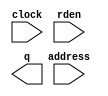
// megafunction wizard: %ROM: 1-PORT%VBB%
// GENERATION: STANDARD
// VERSION: WM1.0
// MODULE: altsyncram 

// ============================================================
// Megafunction Name(s):
// 			altsyncram
//
// Simulation Library Files(s):
// 			altera_mf
// ============================================================
// ************************************************************
// THIS IS A WIZARD-GENERATED FILE. DO NOT EDIT THIS FILE!
//
// 22.1std.0 Build 915 10/25/2022 SC Lite Edition
// ************************************************************

//Copyright (C) 2022  Intel Corporation. All rights reserved.
//Your use of Intel Corporation's design tools, logic functions 
//and other software and tools, and any partner logic 
//functions, and any output files from any of the foregoing 
//(including device programming or simulation files), and any 
//associated documentation or information are expressly subject 
//to the terms and conditions of the Intel Program License 
//Subscription Agreement, the Intel Quartus Prime License Agreement,
//the Intel FPGA IP License Agreement, or other applicable license
//agreement, including, without limitation, that your use is for
//the sole purpose of programming logic devices manufactured by
//Intel and sold by Intel or its authorized distributors.  Please
//refer to the applicable agreement for further details, at
//https://fpgasoftware.intel.com/eula.

module gen_rom (
	address,
	clock,
	rden,
	q);

	input	[4:0]  address;
	input	  clock;
	input	  rden;
	output	[31:0]  q;
`ifndef ALTERA_RESERVED_QIS
// synopsys translate_off
`endif
	tri1	  clock;
	tri1	  rden;
`ifndef ALTERA_RESERVED_QIS
// synopsys translate_on
`endif

endmodule

// ============================================================
// CNX file retrieval info
// ============================================================
// Retrieval info: PRIVATE: ADDRESSSTALL_A NUMERIC "0"
// Retrieval info: PRIVATE: AclrAddr NUMERIC "0"
// Retrieval info: PRIVATE: AclrByte NUMERIC "0"
// Retrieval info: PRIVATE: AclrOutput NUMERIC "0"
// Retrieval info: PRIVATE: BYTE_ENABLE NUMERIC "0"
// Retrieval info: PRIVATE: BYTE_SIZE NUMERIC "8"
// Retrieval info: PRIVATE: BlankMemory NUMERIC "0"
// Retrieval info: PRIVATE: CLOCK_ENABLE_INPUT_A NUMERIC "0"
// Retrieval info: PRIVATE: CLOCK_ENABLE_OUTPUT_A NUMERIC "0"
// Retrieval info: PRIVATE: Clken NUMERIC "0"
// Retrieval info: PRIVATE: IMPLEMENT_IN_LES NUMERIC "0"
// Retrieval info: PRIVATE: INIT_FILE_LAYOUT STRING "PORT_A"
// Retrieval info: PRIVATE: INIT_TO_SIM_X NUMERIC "0"
// Retrieval info: PRIVATE: INTENDED_DEVICE_FAMILY STRING "Cyclone V"
// Retrieval info: PRIVATE: JTAG_ENABLED NUMERIC "0"
// Retrieval info: PRIVATE: JTAG_ID STRING "NONE"
// Retrieval info: PRIVATE: MAXIMUM_DEPTH NUMERIC "0"
// Retrieval info: PRIVATE: MIFfilename STRING "rom.mif"
// Retrieval info: PRIVATE: NUMWORDS_A NUMERIC "32"
// Retrieval info: PRIVATE: RAM_BLOCK_TYPE NUMERIC "0"
// Retrieval info: PRIVATE: RegAddr NUMERIC "1"
// Retrieval info: PRIVATE: RegOutput NUMERIC "1"
// Retrieval info: PRIVATE: SYNTH_WRAPPER_GEN_POSTFIX STRING "0"
// Retrieval info: PRIVATE: SingleClock NUMERIC "1"
// Retrieval info: PRIVATE: UseDQRAM NUMERIC "0"
// Retrieval info: PRIVATE: WidthAddr NUMERIC "5"
// Retrieval info: PRIVATE: WidthData NUMERIC "32"
// Retrieval info: PRIVATE: rden NUMERIC "1"
// Retrieval info: LIBRARY: altera_mf altera_mf.altera_mf_components.all
// Retrieval info: CONSTANT: ADDRESS_ACLR_A STRING "NONE"
// Retrieval info: CONSTANT: CLOCK_ENABLE_INPUT_A STRING "BYPASS"
// Retrieval info: CONSTANT: CLOCK_ENABLE_OUTPUT_A STRING "BYPASS"
// Retrieval info: CONSTANT: INIT_FILE STRING "rom.mif"
// Retrieval info: CONSTANT: INTENDED_DEVICE_FAMILY STRING "Cyclone V"
// Retrieval info: CONSTANT: LPM_HINT STRING "ENABLE_RUNTIME_MOD=NO"
// Retrieval info: CONSTANT: LPM_TYPE STRING "altsyncram"
// Retrieval info: CONSTANT: NUMWORDS_A NUMERIC "32"
// Retrieval info: CONSTANT: OPERATION_MODE STRING "ROM"
// Retrieval info: CONSTANT: OUTDATA_ACLR_A STRING "NONE"
// Retrieval info: CONSTANT: OUTDATA_REG_A STRING "CLOCK0"
// Retrieval info: CONSTANT: WIDTHAD_A NUMERIC "5"
// Retrieval info: CONSTANT: WIDTH_A NUMERIC "32"
// Retrieval info: CONSTANT: WIDTH_BYTEENA_A NUMERIC "1"
// Retrieval info: USED_PORT: address 0 0 5 0 INPUT NODEFVAL "address[4..0]"
// Retrieval info: USED_PORT: clock 0 0 0 0 INPUT VCC "clock"
// Retrieval info: USED_PORT: q 0 0 32 0 OUTPUT NODEFVAL "q[31..0]"
// Retrieval info: USED_PORT: rden 0 0 0 0 INPUT VCC "rden"
// Retrieval info: CONNECT: @address_a 0 0 5 0 address 0 0 5 0
// Retrieval info: CONNECT: @clock0 0 0 0 0 clock 0 0 0 0
// Retrieval info: CONNECT: @rden_a 0 0 0 0 rden 0 0 0 0
// Retrieval info: CONNECT: q 0 0 32 0 @q_a 0 0 32 0
// Retrieval info: GEN_FILE: TYPE_NORMAL gen_rom.v TRUE
// Retrieval info: GEN_FILE: TYPE_NORMAL gen_rom.inc FALSE
// Retrieval info: GEN_FILE: TYPE_NORMAL gen_rom.cmp FALSE
// Retrieval info: GEN_FILE: TYPE_NORMAL gen_rom.bsf FALSE
// Retrieval info: GEN_FILE: TYPE_NORMAL gen_rom_inst.v FALSE
// Retrieval info: GEN_FILE: TYPE_NORMAL gen_rom_bb.v TRUE
// Retrieval info: LIB_FILE: altera_mf